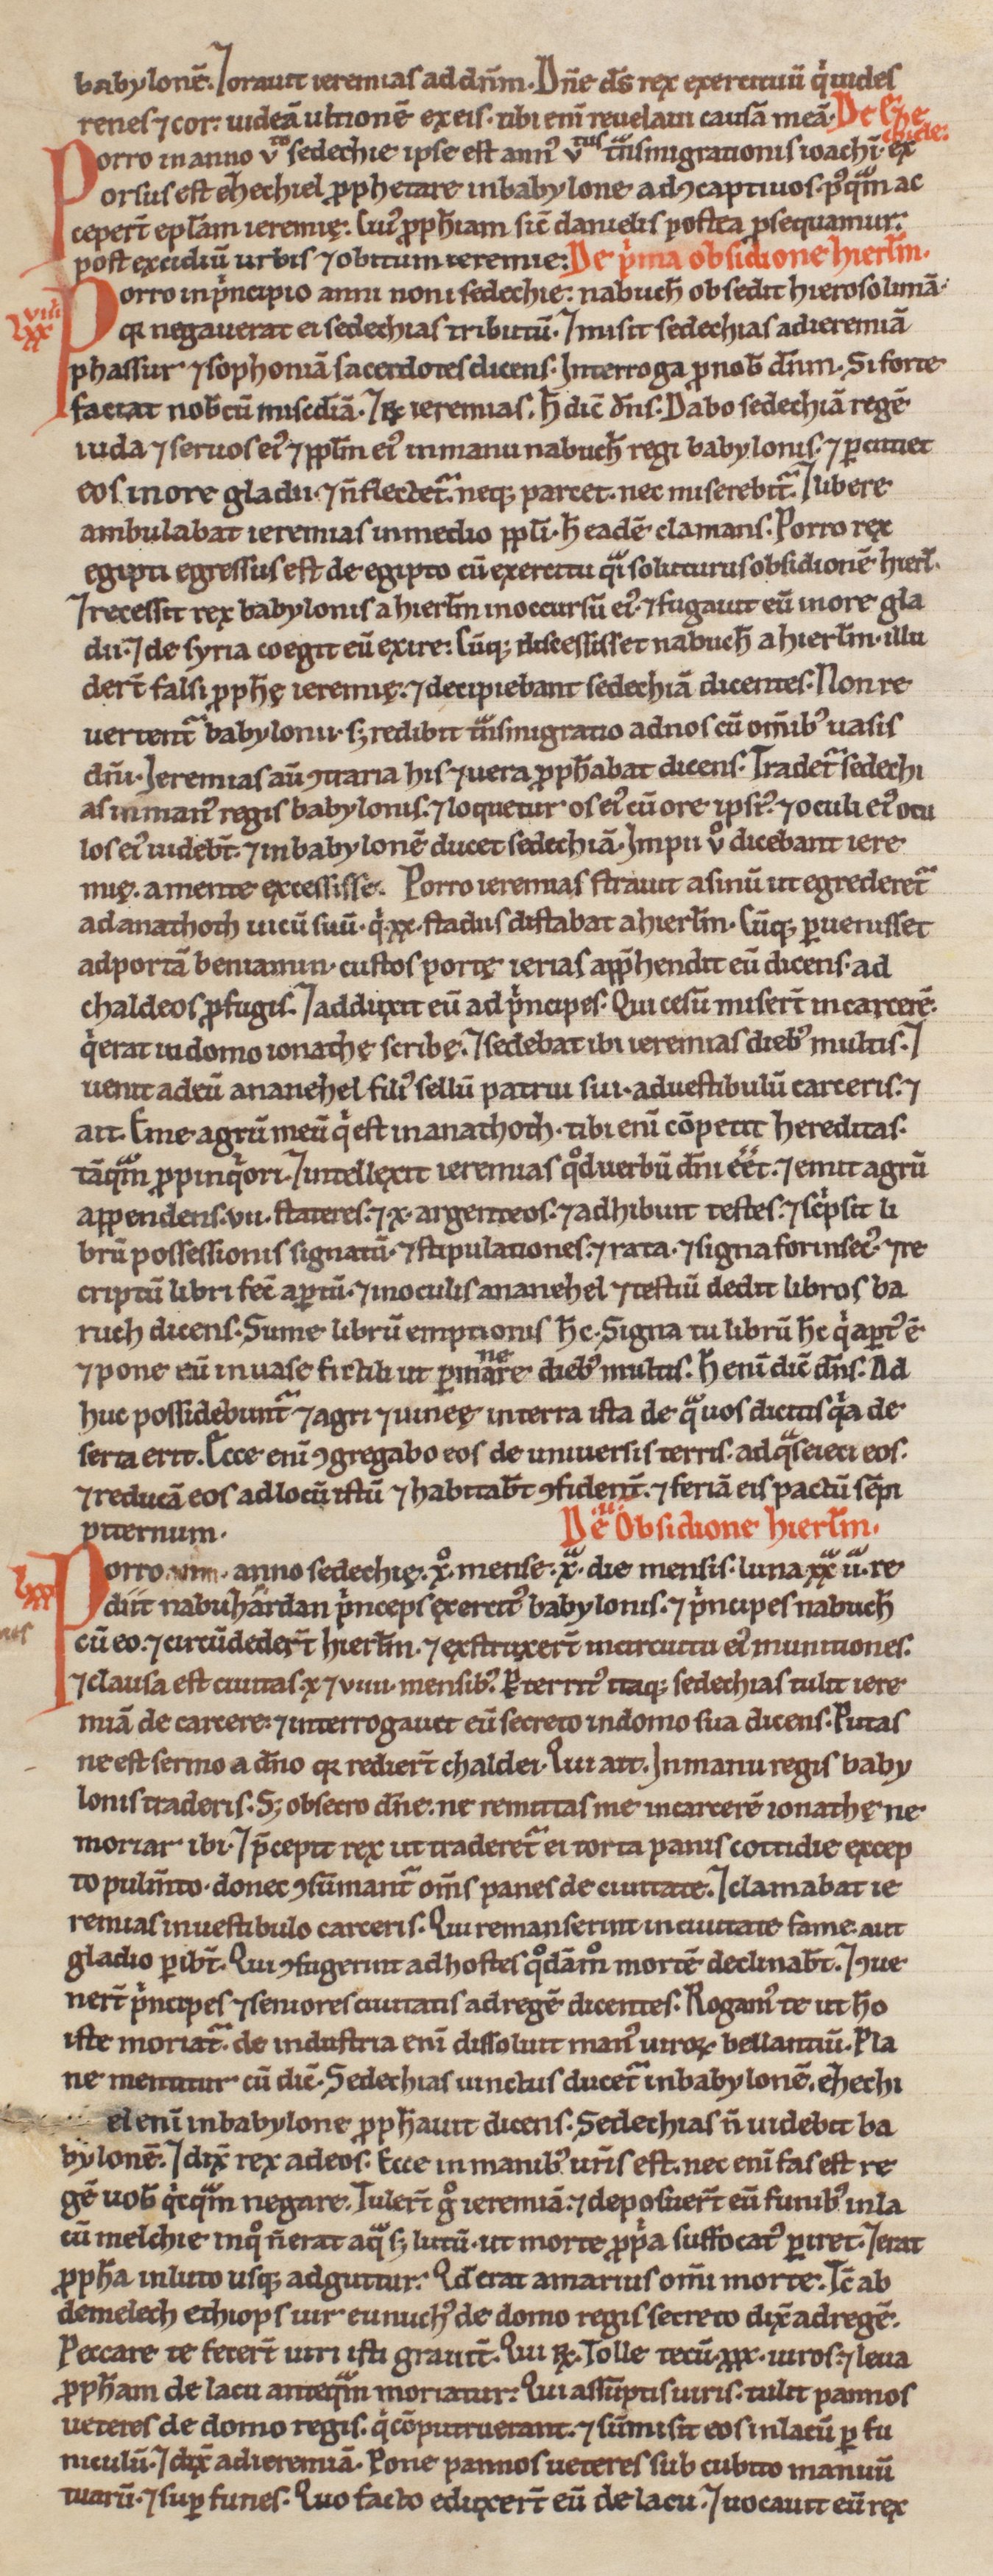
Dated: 1200–1299